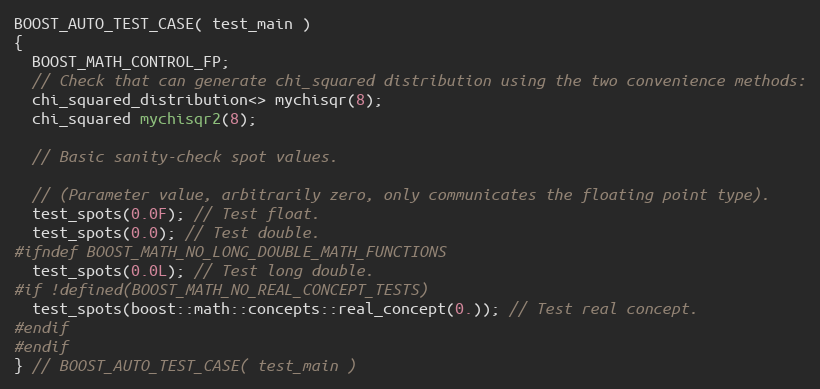
Language: C++
BOOST_AUTO_TEST_CASE( test_main )
{
  BOOST_MATH_CONTROL_FP;
  // Check that can generate chi_squared distribution using the two convenience methods:
  chi_squared_distribution<> mychisqr(8);
  chi_squared mychisqr2(8);

  // Basic sanity-check spot values.

  // (Parameter value, arbitrarily zero, only communicates the floating point type).
  test_spots(0.0F); // Test float.
  test_spots(0.0); // Test double.
#ifndef BOOST_MATH_NO_LONG_DOUBLE_MATH_FUNCTIONS
  test_spots(0.0L); // Test long double.
#if !defined(BOOST_MATH_NO_REAL_CONCEPT_TESTS)
  test_spots(boost::math::concepts::real_concept(0.)); // Test real concept.
#endif
#endif
} // BOOST_AUTO_TEST_CASE( test_main )